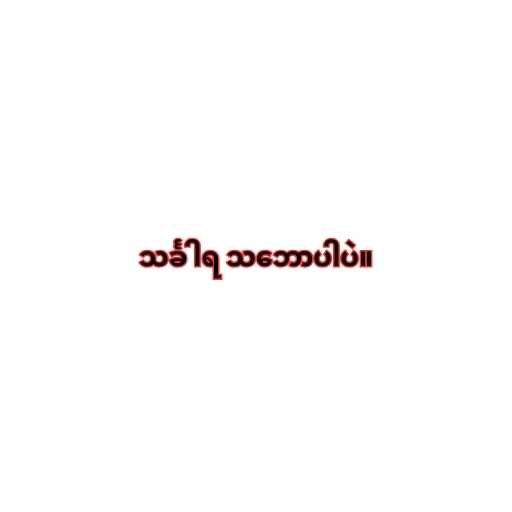
သင်္ခါရ သ‌ဘောပါပဲ။